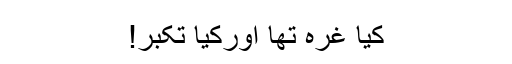
کیا غرّہ تھا اورکیا تکبّر!